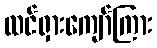
ထင်ရှားကျော်ကြား